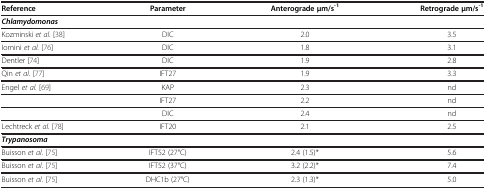
<table><thead><tr><td><b>Reference</b></td><td><b>Parameter</b></td><td><b>Anterograde μm/s<sup>-1</sup></b></td><td><b>Retrograde μm/s<sup>-1</sup></b></td></tr></thead><tbody><tr><td colspan="4"><b><i>Chlamydomonas</i></b></td></tr><tr><td>Kozminski <i>et al.</i>[38]</td><td>DIC</td><td>2.0</td><td>3.5</td></tr><tr><td>Iomini <i>et al.</i>[76]</td><td>DIC</td><td>1.8</td><td>3.1</td></tr><tr><td>Dentler [74]</td><td>DIC</td><td>1.9</td><td>2.8</td></tr><tr><td>Qin <i>et al.</i>[77]</td><td>IFT27</td><td>1.9</td><td>3.3</td></tr><tr><td>Engel <i>et al.</i>[69]</td><td>KAP</td><td>2.3</td><td>nd</td></tr><tr><td> </td><td>IFT27</td><td>2.2</td><td>nd</td></tr><tr><td> </td><td>DIC</td><td>2.4</td><td>nd</td></tr><tr><td>Lechtreck <i>et al.</i>[78]</td><td>IFT20</td><td>2.1</td><td>2.5</td></tr><tr><td colspan="4"><b><i>Trypanosoma</i></b></td></tr><tr><td>Buisson <i>et al.</i>[75]</td><td>IFT52 (27°C)</td><td>2.4 (1.5)*</td><td>5.6</td></tr><tr><td>Buisson <i>et al.</i>[75]</td><td>IFT52 (37°C)</td><td>3.2 (2.2)*</td><td>7.4</td></tr><tr><td>Buisson <i>et al.</i>[75]</td><td>DHC1b (27°C)</td><td>2.3 (1.3)*</td><td>5.0</td></tr></tbody></table>